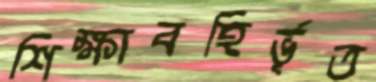
শিক্ষাবহির্ভূত